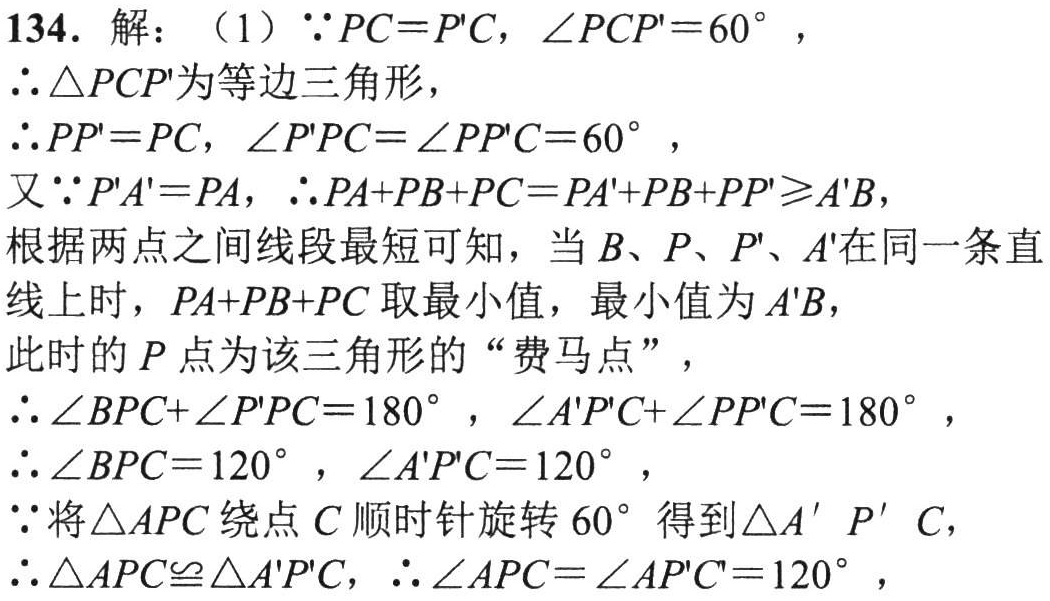
134. 解：（1）$\because PC = P'C$，$\angle PCP' = 60^{\circ}$，
$\therefore \triangle PCP'$为等边三角形，
$\therefore PP' = PC$，$\angle P'PC = \angle PP'C = 60^{\circ}$，
又$\because P'A' = PA$，$\therefore PA + PB + PC = PA' + PB + PP'\geqslant A'B$，
根据两点之间线段最短可知，当$B、P、P'、A'$在同一条直线上时，$PA + PB + PC$取最小值，最小值为$A'B$，
此时的$P$点为该三角形的“费马点”，
$\therefore \angle BPC+\angle P'PC = 180^{\circ}$，$\angle A'P'C+\angle PP'C = 180^{\circ}$，
$\therefore \angle BPC = 120^{\circ}$，$\angle A'P'C = 120^{\circ}$，
$\because$将$\triangle APC$绕点$C$顺时针旋转$60^{\circ}$得到$\triangle A'P'C$，
$\therefore \triangle APC\cong\triangle A'P'C$，$\therefore \angle APC = \angle A'P'C = 120^{\circ}$，